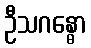
ဦသဂန္ဓော